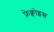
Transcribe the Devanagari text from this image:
फ़्रेक्वोइस